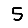
Digit: 5